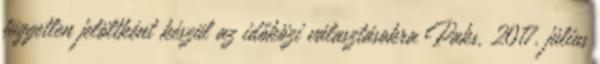
független jelöltként készül az időközi választásokra Paks, 2017. július